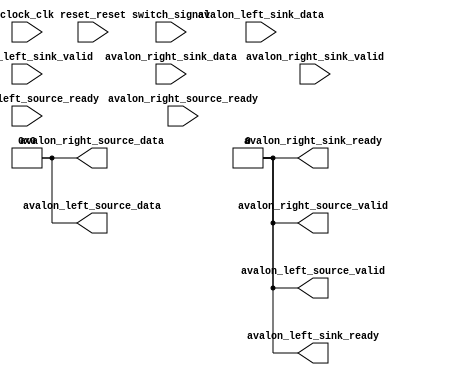
// noise_effect.v

// This file was auto-generated as a prototype implementation of a module
// created in component editor.  It ties off all outputs to ground and
// ignores all inputs.  It needs to be edited to make it do something
// useful.
// 
// This file will not be automatically regenerated.  You should check it in
// to your version control system if you want to keep it.

`timescale 1 ps / 1 ps
module noise_effect (
		input  wire        clock_clk,                 //               clock.clk
		input  wire        reset_reset,               //               reset.reset
		input  wire        avalon_left_source_ready,  //  avalon_left_source.ready
		output wire        avalon_left_source_valid,  //                    .valid
		output wire [23:0] avalon_left_source_data,   //                    .data
		input  wire        avalon_left_sink_valid,    //    avalon_left_sink.valid
		output wire        avalon_left_sink_ready,    //                    .ready
		input  wire [23:0] avalon_left_sink_data,     //                    .data
		input  wire [23:0] avalon_right_sink_data,    //   avalon_right_sink.data
		input  wire        avalon_right_sink_valid,   //                    .valid
		output wire        avalon_right_sink_ready,   //                    .ready
		input  wire        avalon_right_source_ready, // avalon_right_source.ready
		output wire        avalon_right_source_valid, //                    .valid
		output wire [23:0] avalon_right_source_data,  //                    .data
		input  wire        switch_signal              //              switch.new_signal
	);

	// TODO: Auto-generated HDL template

	assign avalon_left_source_valid = 1'b0;

	assign avalon_left_source_data = 24'b000000000000000000000000;

	assign avalon_left_sink_ready = 1'b0;

	assign avalon_right_sink_ready = 1'b0;

	assign avalon_right_source_valid = 1'b0;

	assign avalon_right_source_data = 24'b000000000000000000000000;

endmodule